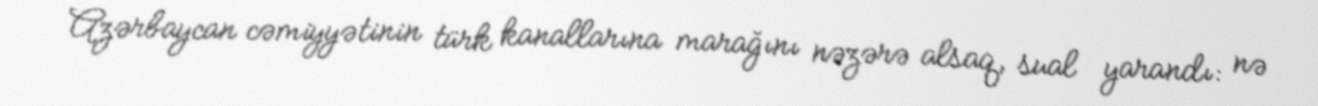
Azərbaycan cəmiyyətinin türk kanallarına marağını nəzərə alsaq, sual yarandı: nə